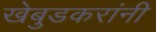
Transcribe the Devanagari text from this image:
खेबुडकरांनी